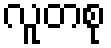
လူတစု